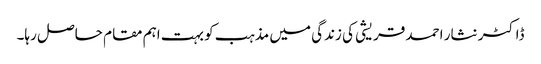
ڈاکٹر نثار احمد قریشی کی زندگی میں مذہب کو بہت اہم مقام حاصل رہا۔